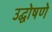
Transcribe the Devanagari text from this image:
उद्घोषणे